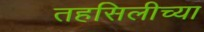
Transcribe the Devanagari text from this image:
तहसिलीच्या